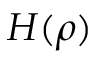
H ( \rho )